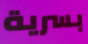
بسرية